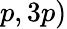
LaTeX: p,3p)